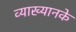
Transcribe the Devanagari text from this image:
व्याख्यानके